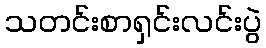
သတင်းစာရှင်းလင်းပွဲ